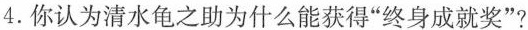
4.你认为清水龟之助为什么能获得“终身成就奖”?